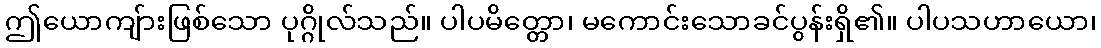
ဤယောကျ်ားဖြစ်သော ပုဂ္ဂိုလ်သည်။ ပါပမိတ္တော၊ မကောင်းသောခင်ပွန်းရှိ၏။ ပါပသဟာယော၊